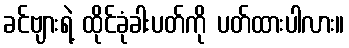
ခင်ဗျားရဲ့ ထိုင်ခုံခါးပတ်ကို ပတ်ထားပါလား။